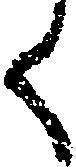
く